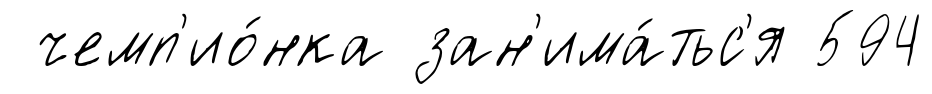
чемп'ио́нка зан'има́тьс'я 594